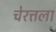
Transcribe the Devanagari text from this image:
चेरत्तला